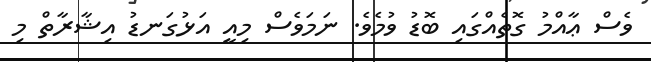
ވެސް ޢާއްމު ގޮތެއްގައި ބޮޑު ވުމެވެ. ނަމަވެސް މިއީ އަޅުގަނޑު އިޝާރާތް މި